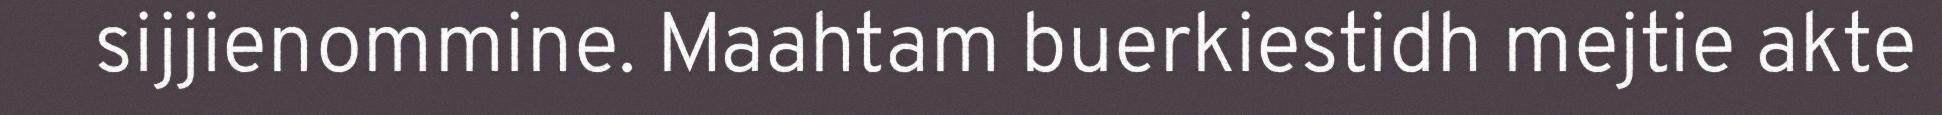
sijjienommine. Maahtam buerkiestidh mejtie akte